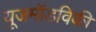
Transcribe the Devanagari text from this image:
यूजमॉडविकी